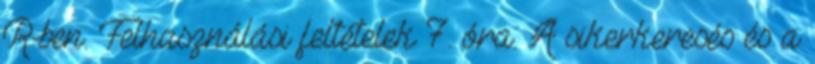
R-ben. Felhasználási feltételek 7. óra. A sikerkeresés és a